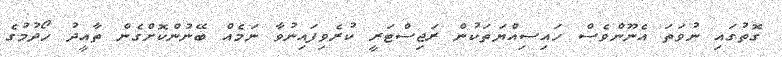
ގޮތުގައި ނުވަތަ އެނޫންވެސް ހައިސިއްޔަތަކުން ރަޖިސްޓަރީ ކުރެވިފައިނުވާ ނަމެއް ބޭނުންކޮށްގެން ތާއީދު ހޯދުމުގެ